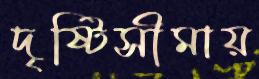
দৃষ্টিসীমায়